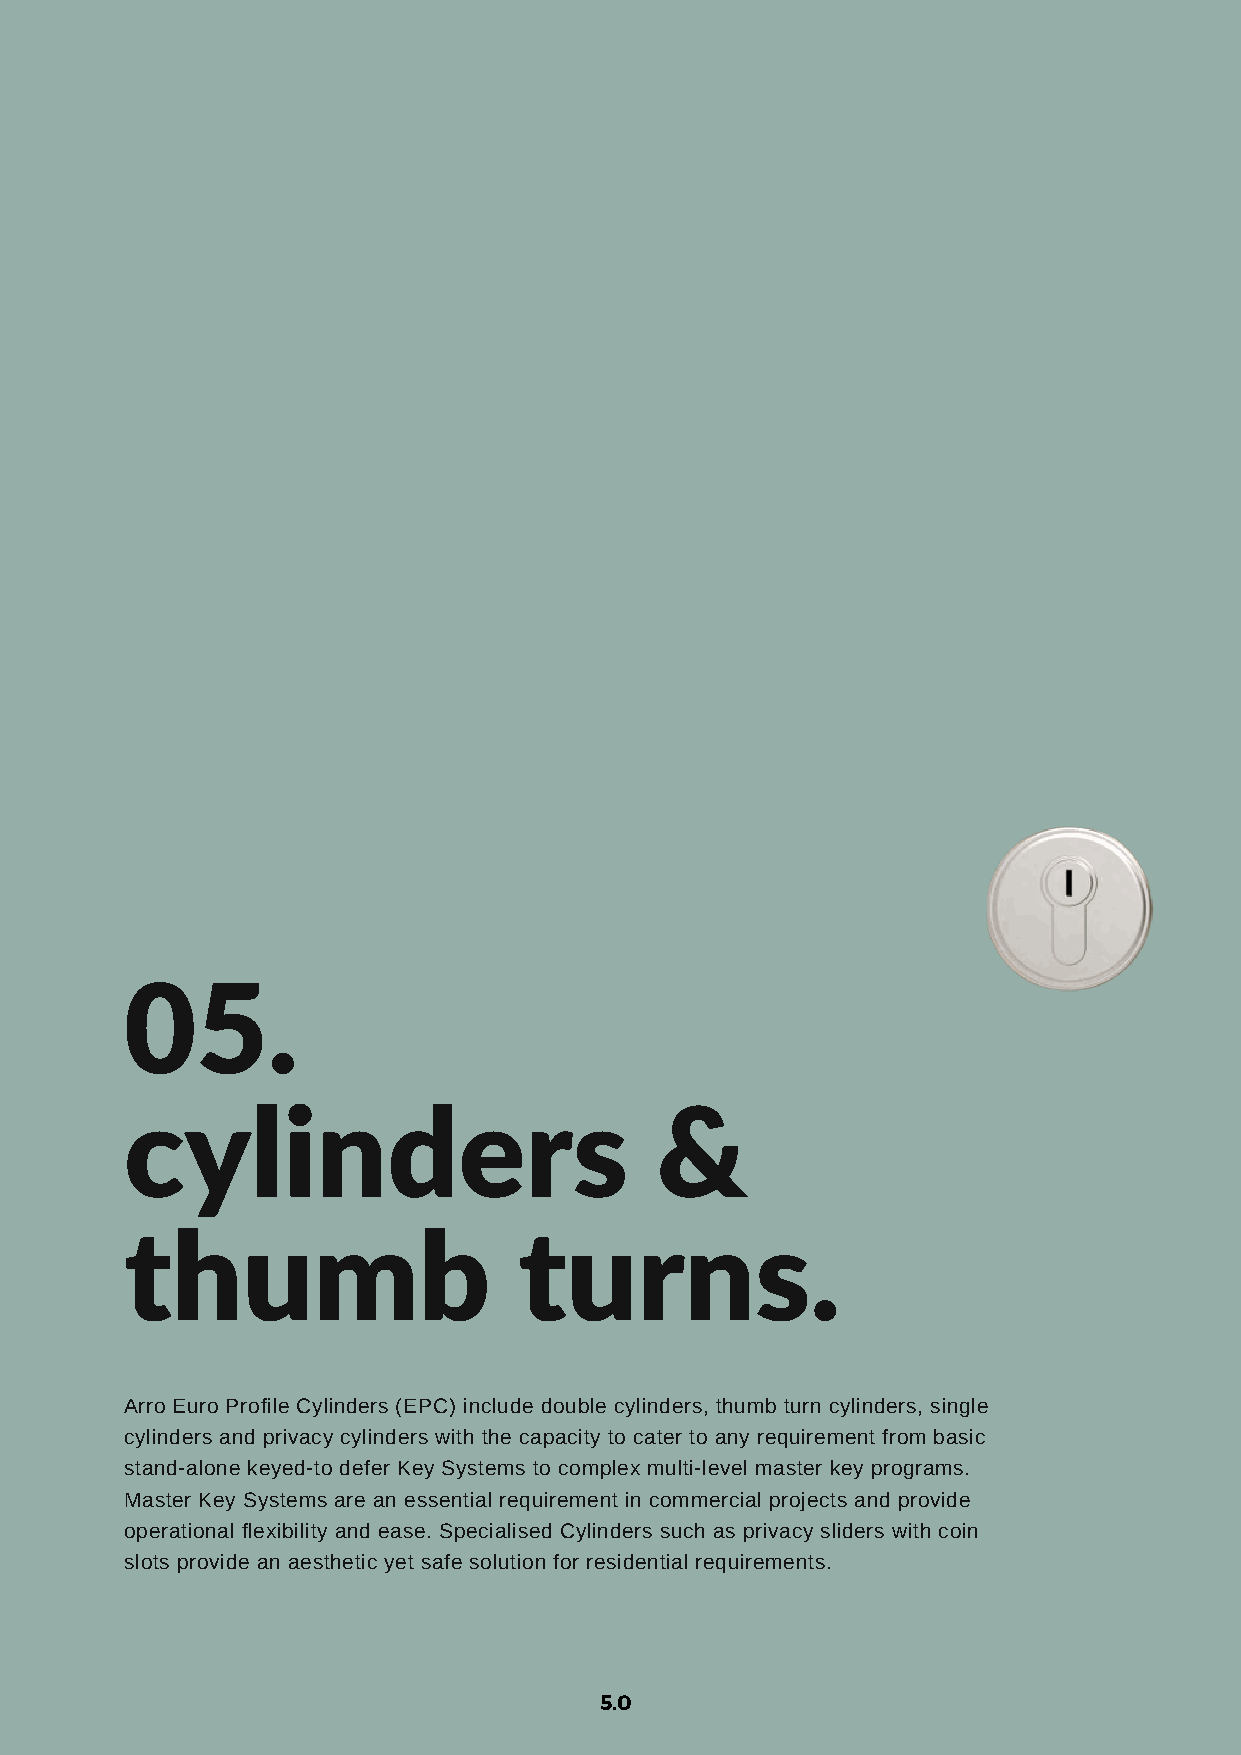
05.
 cylinders                          &
 thumb                     turns.
 Arro Euro Profile Cylinders (EPC) include double cylinders, thumb turn cylinders, single
 cylinders and privacy cylinders with the capacity to cater to any requirement from basic
 stand-alone keyed-to defer Key Systems to complex multi-level master key programs.
 Master Key Systems are an essential requirement in commercial projects and provide
 operational flexibility and ease. Specialised Cylinders such as privacy sliders with coin
 slots provide an aesthetic yet safe solution for residential requirements.
 5.0